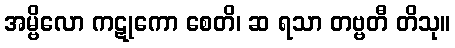
အမ္ဗိလော ကဋုကော စေတိ၊ ဆ ရသာ တဗ္ဗတီ တိသု။